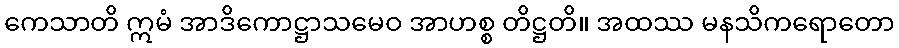
ကေသာတိ ဣမံ အာဒိကောဋ္ဌာသမေဝ အာဟစ္စ တိဋ္ဌတိ။ အထဿ မနသိကရောတော